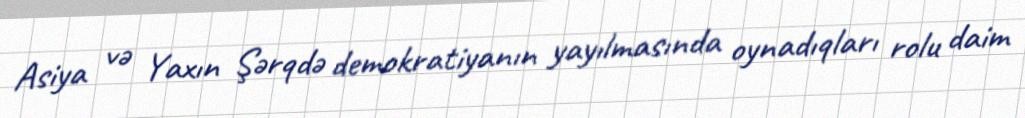
Asiya və Yaxın Şərqdə demokratiyanın yayılmasında oynadıqları rolu daim